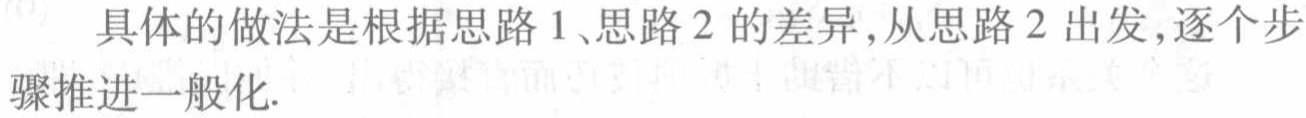
具体的做法是根据思路 1、思路 2 的差异，从思路 2 出发，逐个步骤推进一般化.